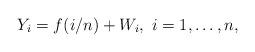
LaTeX: \begin{align*}Y_{i} = f(i/n) + W_{i}, \ i=1,\ldots, n,\end{align*}